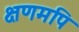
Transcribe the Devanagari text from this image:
क्षणमपि